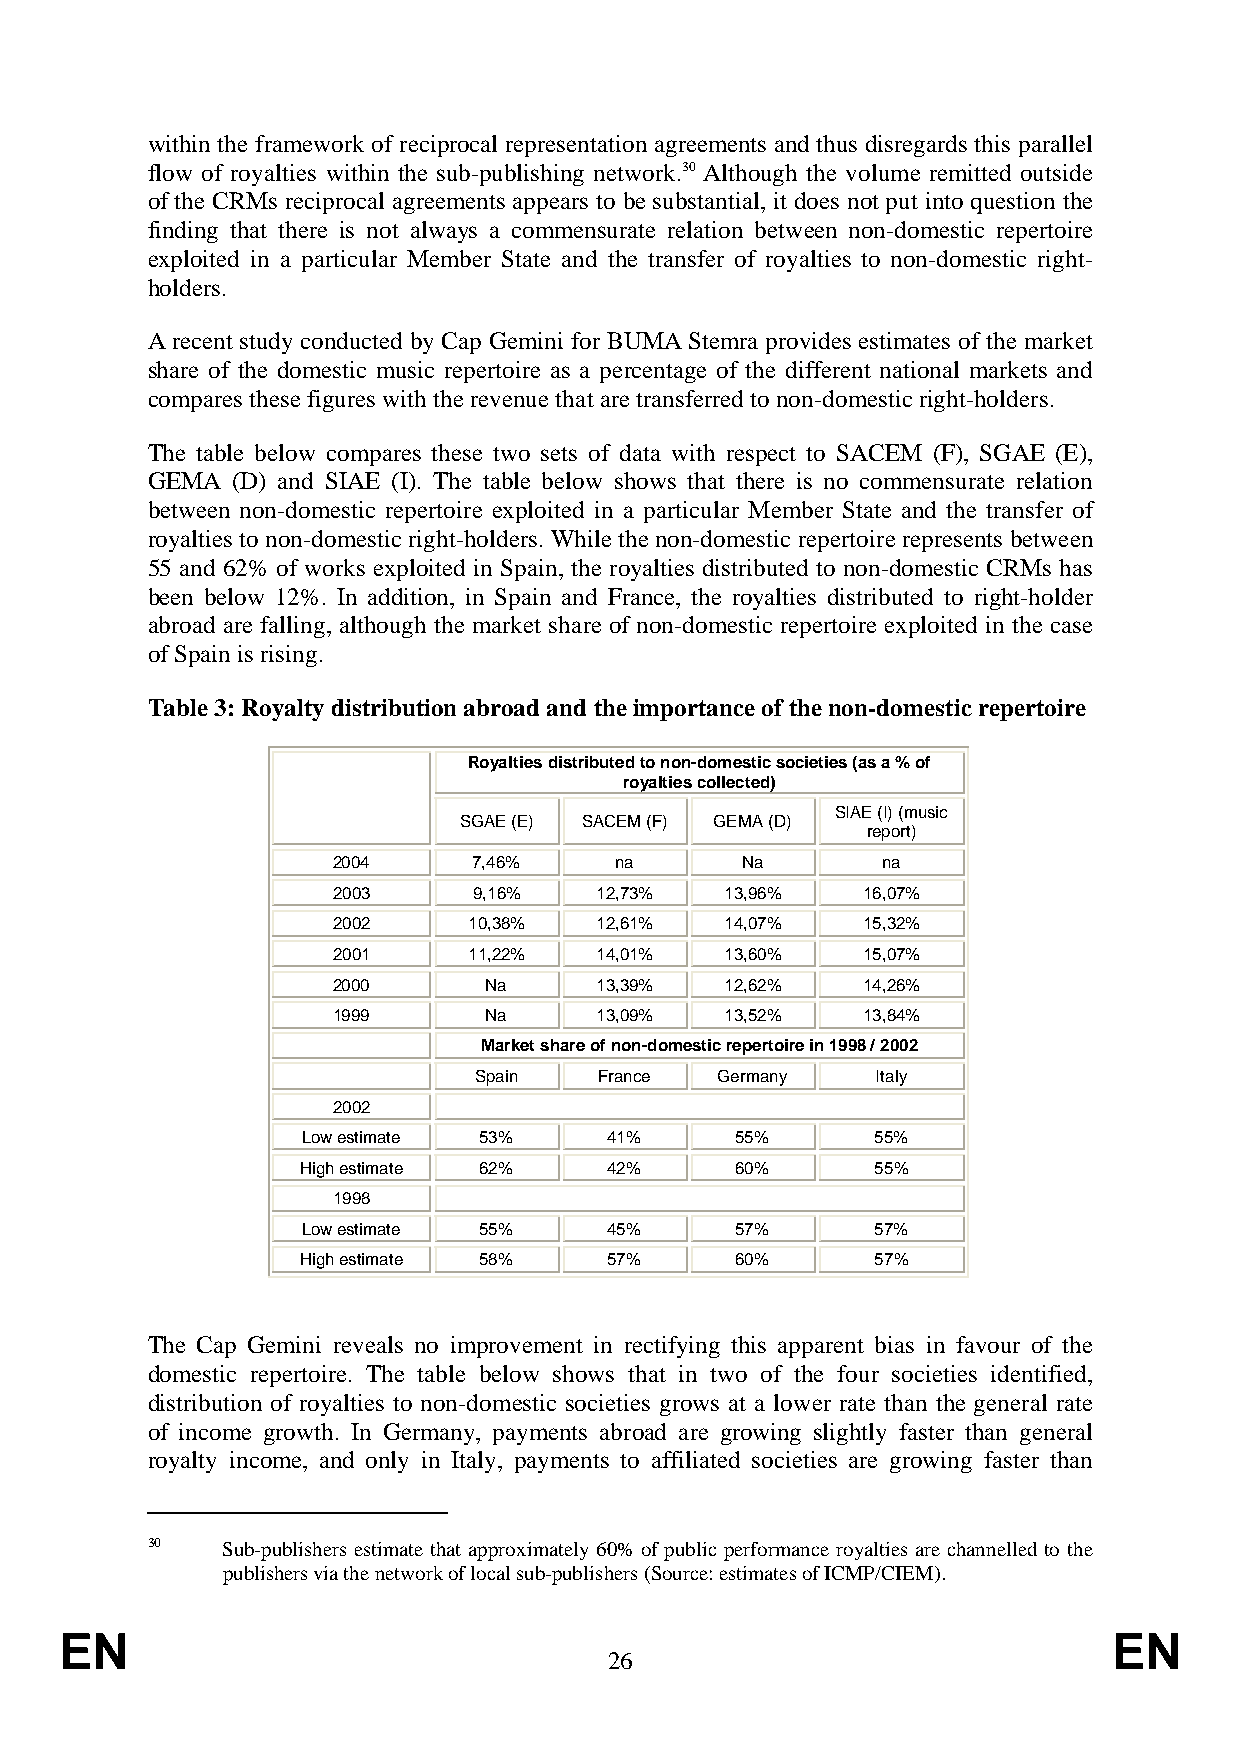
within the framework of reciprocal representation agreements and thus disregards this parallel
 flow of royalties within the sub-publishing network.30 Although the volume remitted outside
 of the CRMs reciprocal agreements appears to be substantial, it does not put into question the
 finding that there is not always a commensurate relation between non-domestic repertoire
 exploited in a particular Member State and the transfer of royalties to non-domestic right-
 holders.
 A recent study conducted by Cap Gemini for BUMA Stemra provides estimates of the market
 share of the domestic music repertoire as a percentage of the different national markets and
 compares these figures with the revenue that are transferred to non-domestic right-holders.
 The table below compares these two sets of data with respect to SACEM (F), SGAE (E),
 GEMA (D) and SIAE (I). The table below shows that there is no commensurate relation
 between non-domestic repertoire exploited in a particular Member State and the transfer of
 royalties to non-domestic right-holders. While the non-domestic repertoire represents between
 55 and 62% of works exploited in Spain, the royalties distributed to non-domestic CRMs has
 been below 12%. In addition, in Spain and France, the royalties distributed to right-holder
 abroad are falling, although the market share of non-domestic repertoire exploited in the case
 of Spain is rising.
 Table 3: Royalty distribution abroad and the importance of the non-domestic repertoire
 Royalties distributed to non-domestic societies (as a % of
 royalties collected)
 SIAE (I) (music
 SGAE (E) SACEM (F) GEMA (D)
 report)
 2004     7,46%     na      Na       na
 2003     9,16%   12,73%   13,96%   16,07%
 2002     10,38%  12,61%   14,07%   15,32%
 2001     11,22%  14,01%   13,60%   15,07%
 2000      Na     13,39%   12,62%   14,26%
 1999      Na     13,09%   13,52%   13,84%
 Market share of non-domestic repertoire in 1998 / 2002
 Spain    France  Germany   Italy
 2002
 Low estimate 53%    41%      55%      55%
 High estimate 62%   42%      60%      55%
 1998
 Low estimate 55%    45%      57%      57%
 High estimate 58%   57%      60%      57%
 The Cap Gemini reveals no improvement in rectifying this apparent bias in favour of the
 domestic repertoire. The table below shows that in two of the four societies identified,
 distribution of royalties to non-domestic societies grows at a lower rate than the general rate
 of income growth. In Germany, payments abroad are growing slightly faster than general
 royalty income, and only in Italy, payments to affiliated societies are growing faster than
 30   Sub-publishers estimate that approximately 60% of public performance royalties are channelled to the
 publishers via the network of local sub-publishers (Source: estimates of ICMP/CIEM).
 EN                                                                    EN
 26